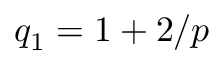
q _ { 1 } = 1 + 2 / p